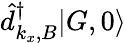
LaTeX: \hat{d}_{k_{x},B}^{\dagger}|G,0\rangle